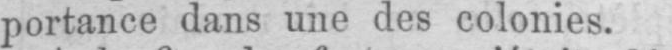
portance dans une des colonies.